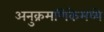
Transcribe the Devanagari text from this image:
अनुक्रमणिकेमध्ये